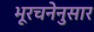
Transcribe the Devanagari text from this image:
भूरचनेनुसार